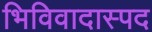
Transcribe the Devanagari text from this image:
भिविवादास्पद